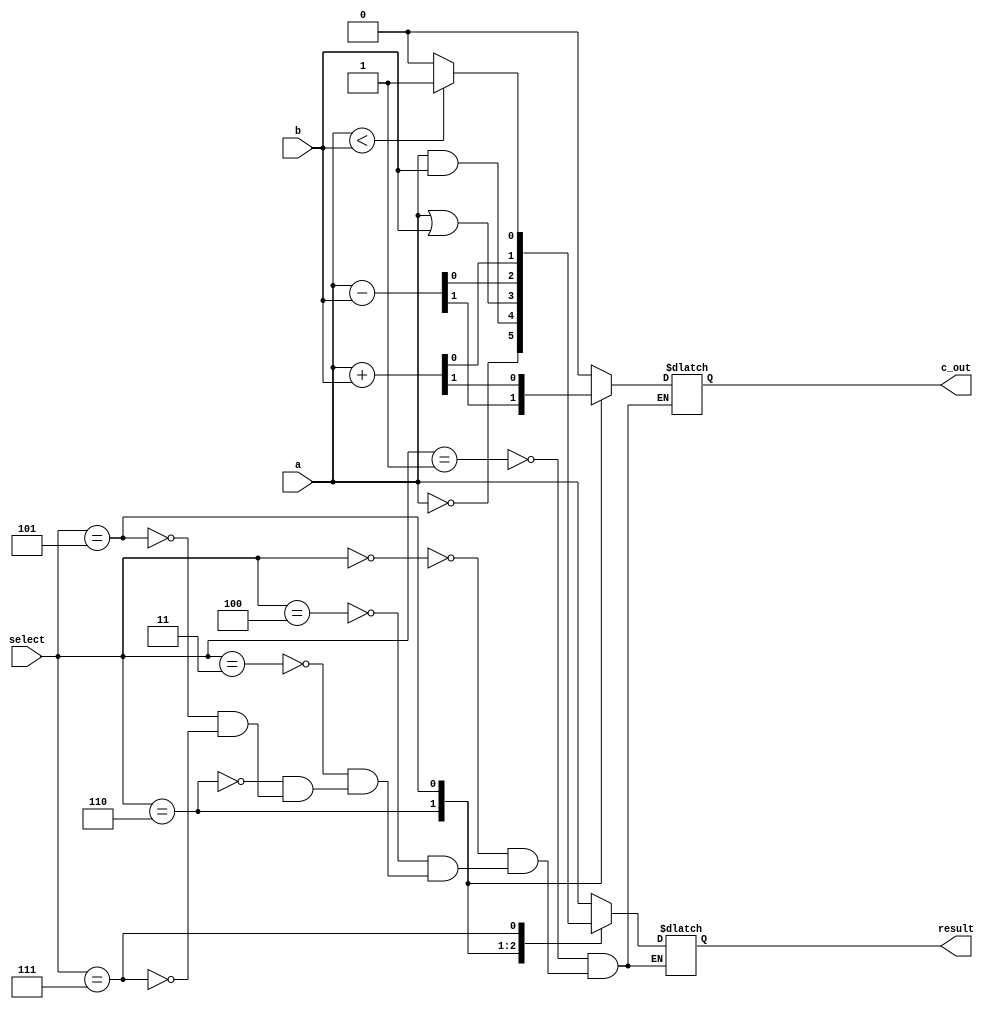
module ALU_verification(c_out, result, a, b, select);
    parameter size = 1;
    
    // Inputs
    input [size-1:0]            a, b;
    input [2:0]                 select;
    
    // Outputs
    output reg                  c_out;
    output reg [size-1:0]       result;

    always @ (a, b, select)
        case (select)
            3'b001:     begin
                            result <= a;
                            c_out <= 1'b0;
                        end
            3'b000:     begin
                            result <= ~a;
                            c_out <= 1'b0;
                        end
            3'b100:     begin
                            result <= a & b;
                            c_out <= 1'b0;
                        end
            3'b011:     begin
                            result <= a | b;
                            c_out <= 1'b0;
                        end
            3'b110:     begin
                            {c_out, result} <= a - b;
                        end
            3'b101:     begin
                            {c_out, result} <= a + b;
                        end
            3'b111:     begin
                            result <= (a < b) ? 1 : 0;
                            c_out <= 1'b0;
                        end
        endcase
endmodule